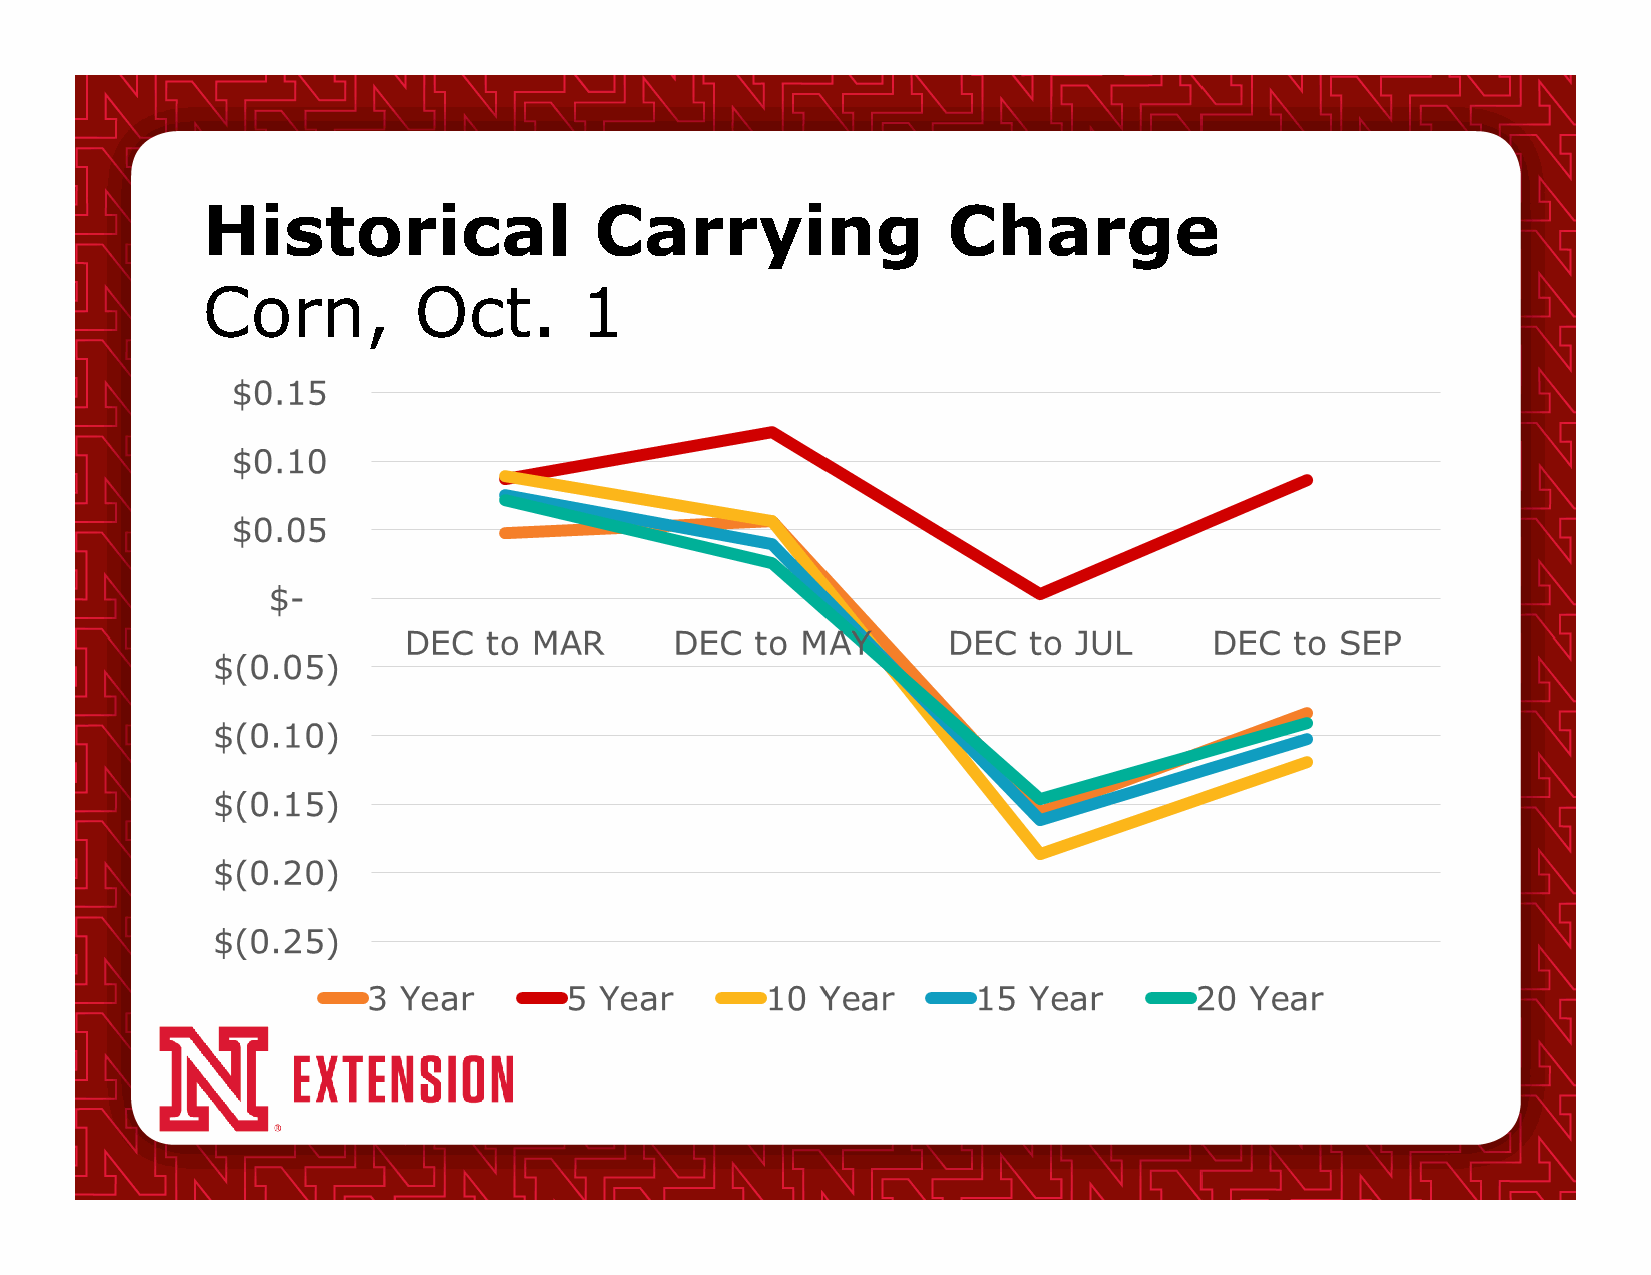
Historical                Carrying                Charge
 Corn,         Oct.       1